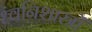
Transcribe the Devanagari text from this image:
ध्वनिशास्त्रों